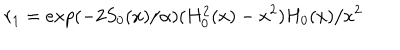
r _ { 1 } = e x p ( - 2 S _ { 0 } ( x ) / \alpha ) ( H _ { 0 } ^ { 2 } ( x ) - x ^ { 2 } ) H _ { 0 } ( x ) / x ^ { 2 }